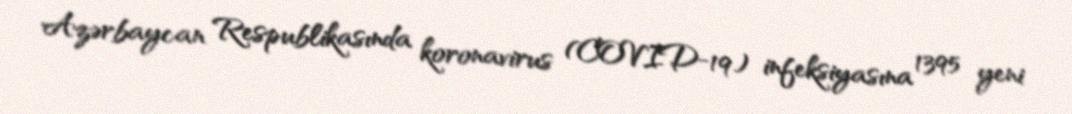
Azərbaycan Respublikasında koronavirus (COVID-19) infeksiyasına 1395 yeni